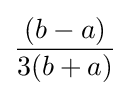
{\frac {(b-a)}{3(b+a)}}